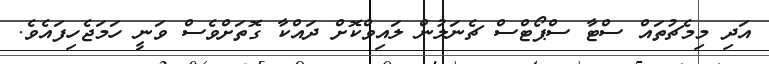
އަދި މިމެޗުތައް ސްޓާ ސްޕޯޓްސް ޗެނަލުން ލައިވްކޮށް ދައްކާ ގޮތަށްވެސް ވަނީ ހަމަޖެހިފައެވެ.